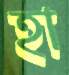
হা